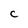
Character: c